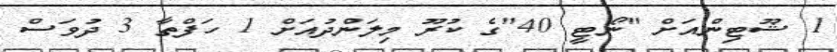
1 ޝޫޓިންއަށް "ނޯޓީ 40"ގެ ކުރޫ މިލަންދުއަށް 1 ހަފްތާ 3 ދުވަސް